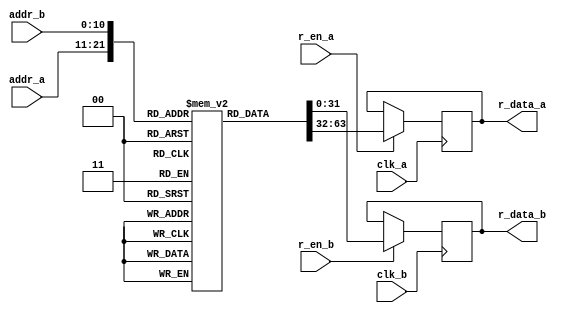
module iob_rom_tdp
  #(
    parameter HEXFILE="none",
    parameter DATA_W=32,
    parameter ADDR_W=11
    )
   (
    input                     clk_a,
    input [(ADDR_W-1):0]      addr_a,
    input                     r_en_a,
    output reg [(DATA_W-1):0] r_data_a,

    input                     clk_b,
    input [(ADDR_W-1):0]      addr_b,
    input                     r_en_b,
    output reg [(DATA_W-1):0] r_data_b
    );

   //this allows ISE 14.7 to work; do not remove
   localparam mem_init_file_int = HEXFILE;

   
   // Declare the ROM
   reg [DATA_W-1:0] 			       rom[2**ADDR_W-1:0];

   // Initialize the ROM
   initial 
     if(mem_init_file_int != "none")
       $readmemh(mem_init_file_int, rom, 0, 2**ADDR_W - 1);

   always @ (posedge clk_a) // Port A
     if (r_en_a)
       r_data_a <= rom[addr_a];

   always @ (posedge clk_b) // Port B
     if (r_en_b)
       r_data_b <= rom[addr_b];

 endmodule